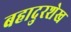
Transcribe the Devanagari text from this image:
बहादुरशेख